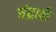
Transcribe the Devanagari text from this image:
चंद्रार्क